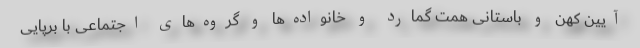
آیین کهن و باستانی همت گمارد و خانواده‌ها و گروه‌های اجتماعی با برپایی